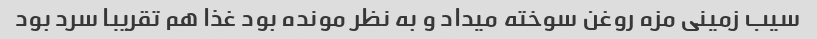
سیب زمینی مزه روغن سوخته میداد و به نظر مونده بود غذا هم تقریبا سرد بود